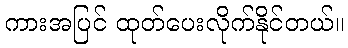
ကားအပြင် ထုတ်ပေးလိုက်နိုင်တယ်။